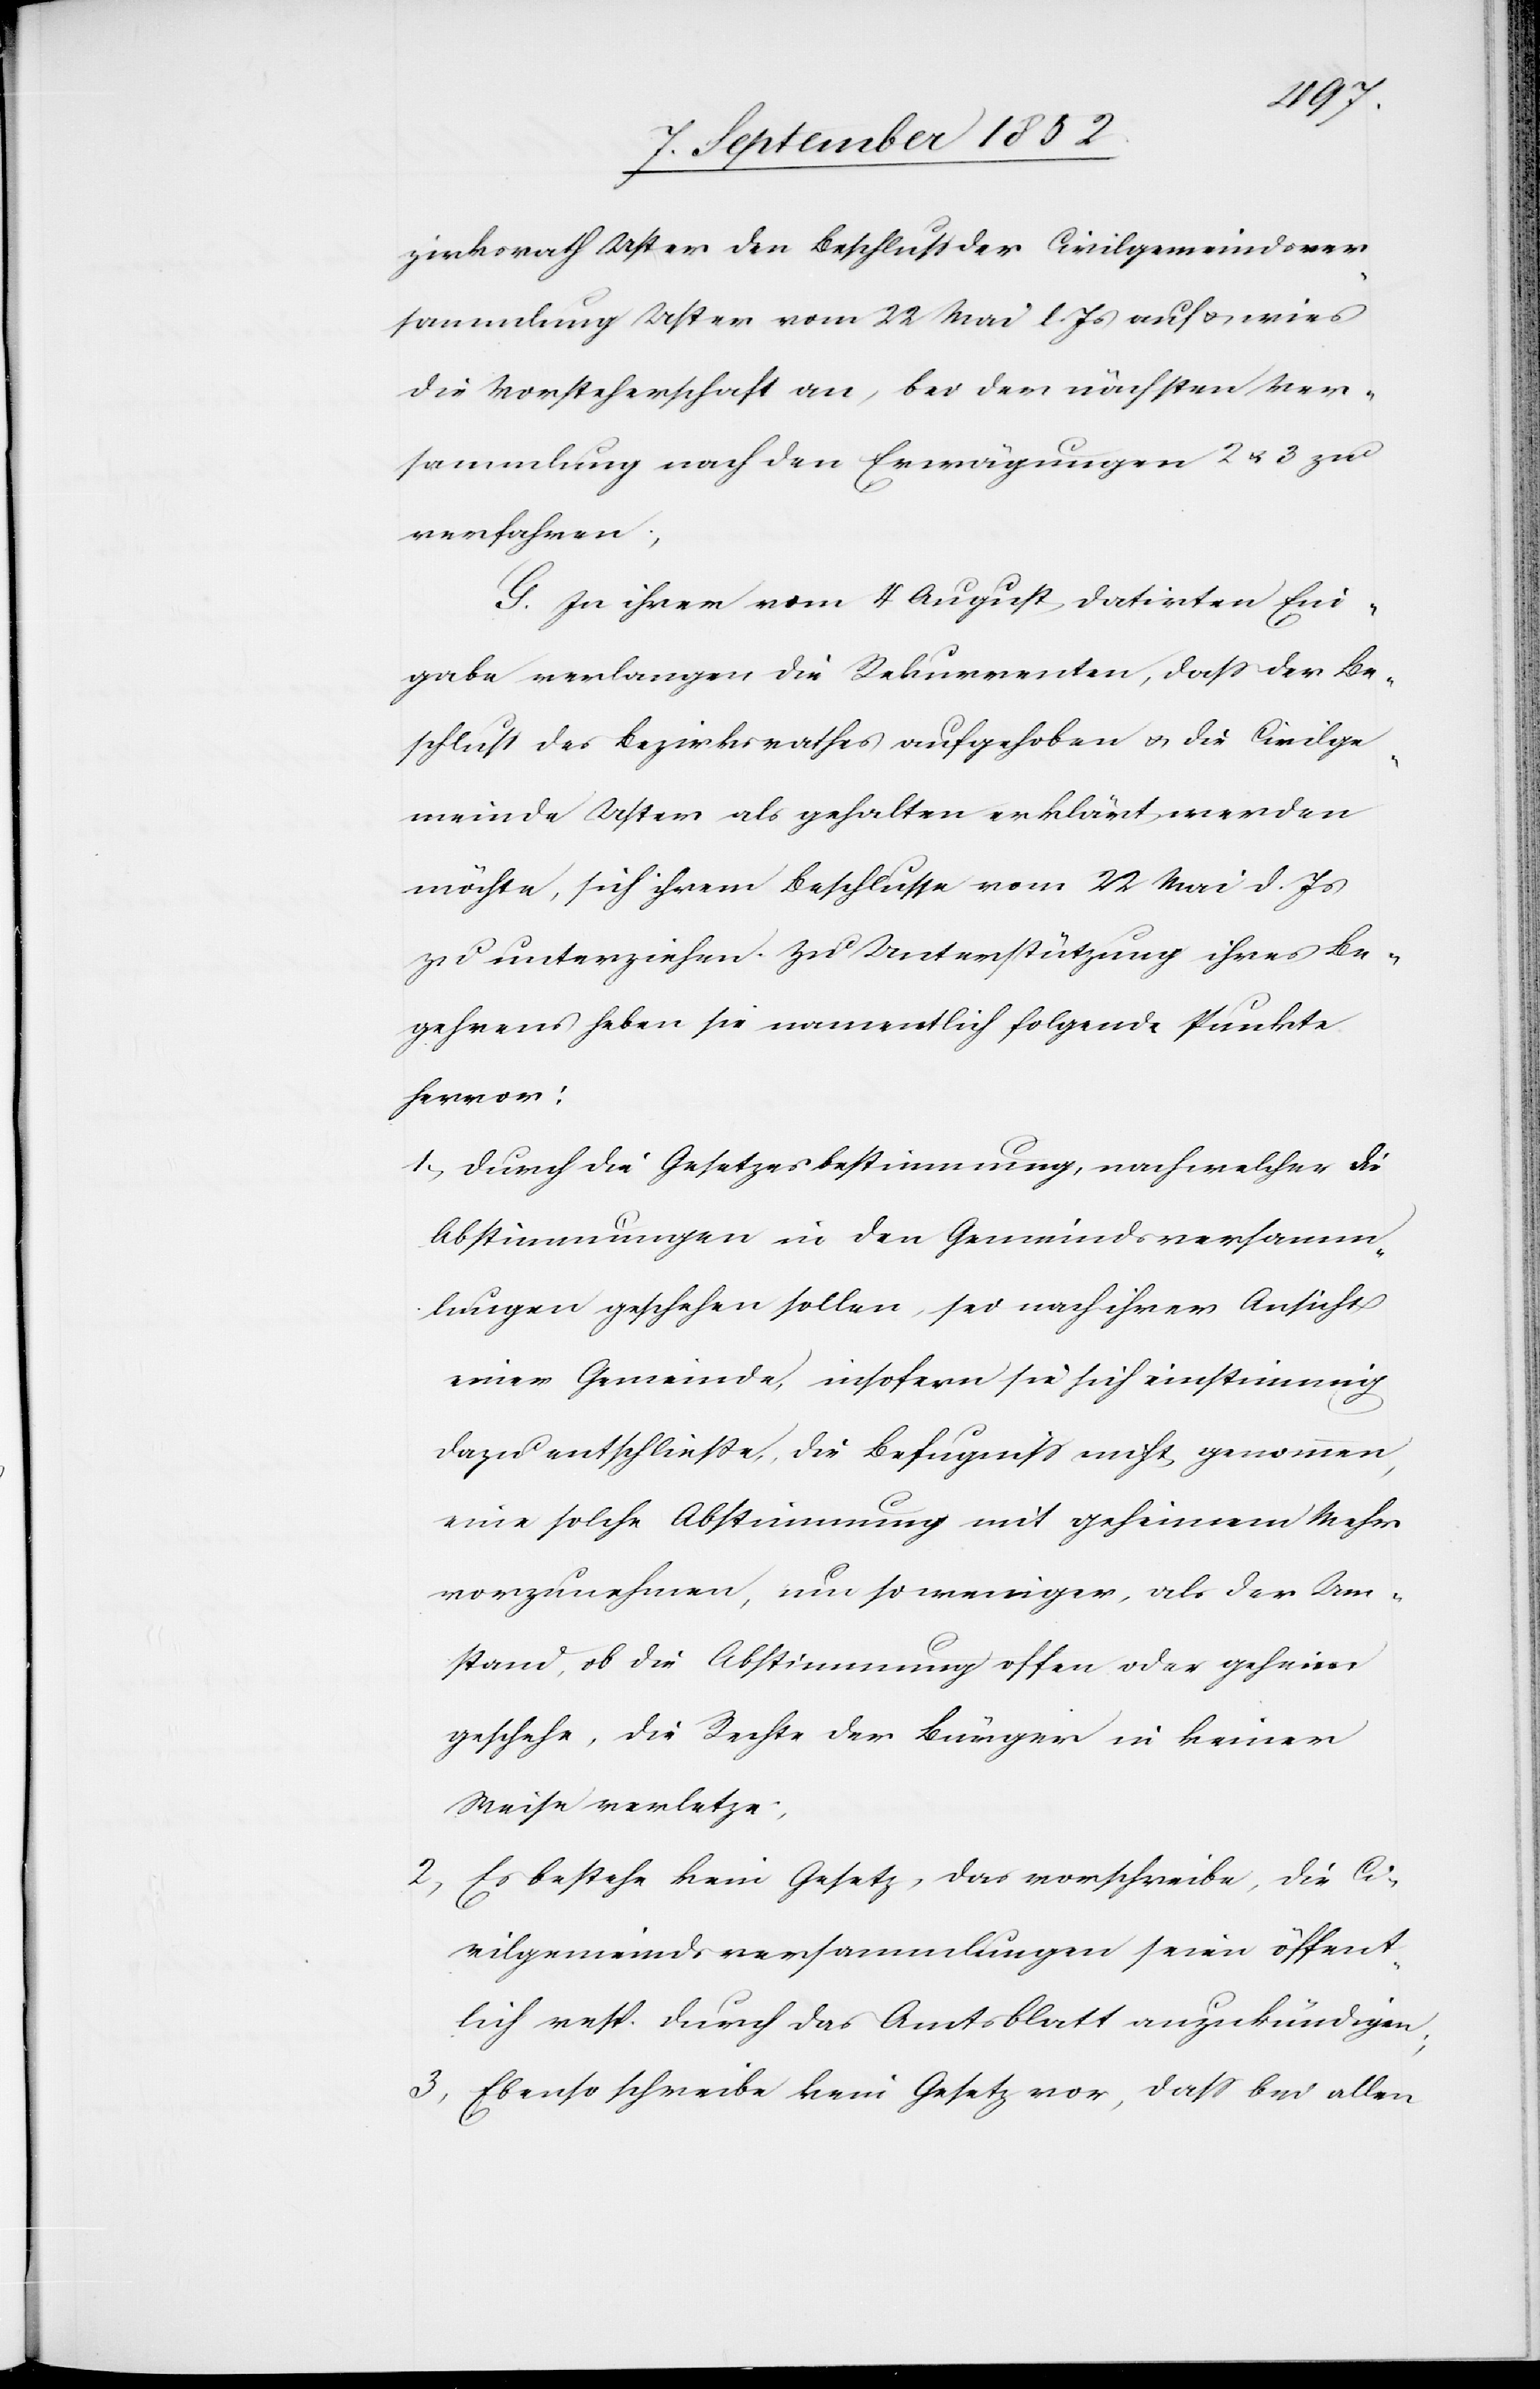
zirksrath Uster den Beschluss der Civilgemeindsver¬
sammlung Uster vom 22 Mai l. Js auf & wies
die Vorsteherschaft an, bei der nächsten Ver¬
sammlung nach den Erwägungen 2 & 3 zu
verfahren;
G. In ihrer vom 4 August datirten Ein¬
gabe verlangen die Rekurrenten, dass der Be¬
schluss des Bezirksrathes aufgehoben & die Civilge¬
meinde Uster als gehalten erklärt werden
möchte, sich ihrem Beschlusse vom 22 Mai d. Js
zu unterziehen. Zu Unterstützung ihres Be¬
gehrens heben sie namentlich folgende Punkte
hervor:
Durch die Gesetzesbestimmung, nach welcher die
Abstimmungen in den Gemeindsversamm¬
lungen geschehen sollen, sei nach ihrer Ansicht
einer Gemeinde, insofern sie sich einstimmig
dazu entschließe, die Befugniss nicht genommen,
eine solche Abstimmung mit geheimem Mehr
vorzunehmen, um so weniger, als der Um¬
stand, ob die Abstimmung offen oder geheim
geschehe, die Rechte der Bürger in keiner
Weise verletze;
Es bestehe kein Gesetz, das vorschreibe, die Ci¬
vilgemeindsversammlungen seien öffent¬
lich resp. durch das Amtsblatt anzukündigen;
Ebenso schreibe kein Gesetz vor, dass bei allen